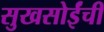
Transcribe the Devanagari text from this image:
सुखसोईंची